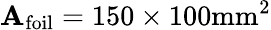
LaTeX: \mathbf{A}_{\mathrm{{foil}}}=150\times100\mathrm{{mm}}^{2}